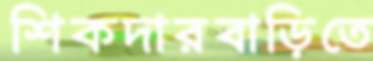
শিকদারবাড়িতে